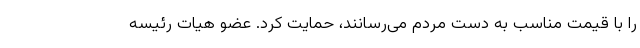
را با قیمت مناسب به دست مردم می‌رسانند، حمایت کرد. عضو هیات رئیسه